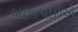
બાજપાઈએ